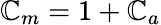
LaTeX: \mathbb{C}_{m}=1+\mathbb{C}_{a}